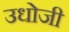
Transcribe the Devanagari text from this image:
उधोजी